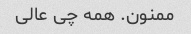
ممنون. همه چی عالی